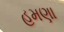
હમણા